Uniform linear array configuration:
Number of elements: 4
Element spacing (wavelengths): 0.5
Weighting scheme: blackman
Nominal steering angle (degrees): -30
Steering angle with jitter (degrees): -28.664
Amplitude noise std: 0.05
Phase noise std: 0.05

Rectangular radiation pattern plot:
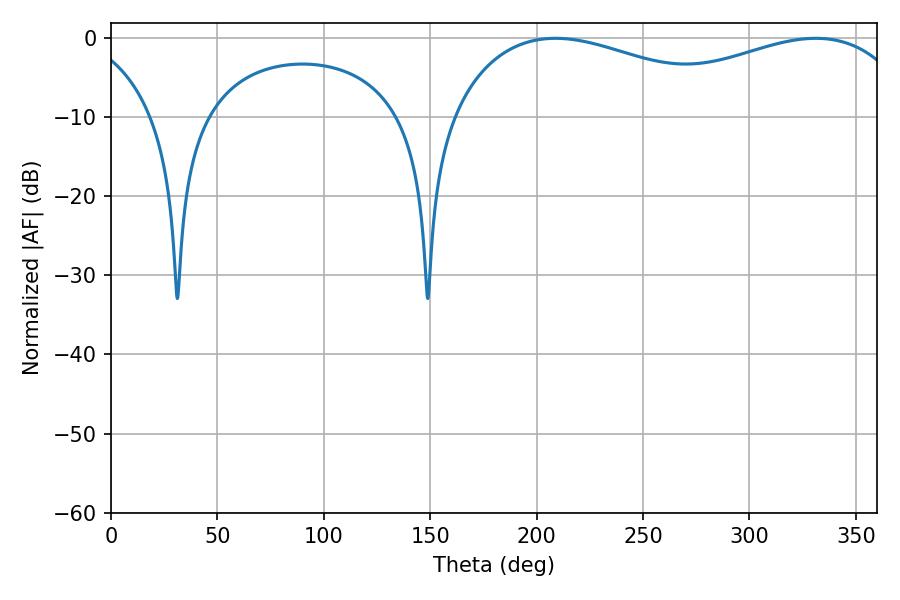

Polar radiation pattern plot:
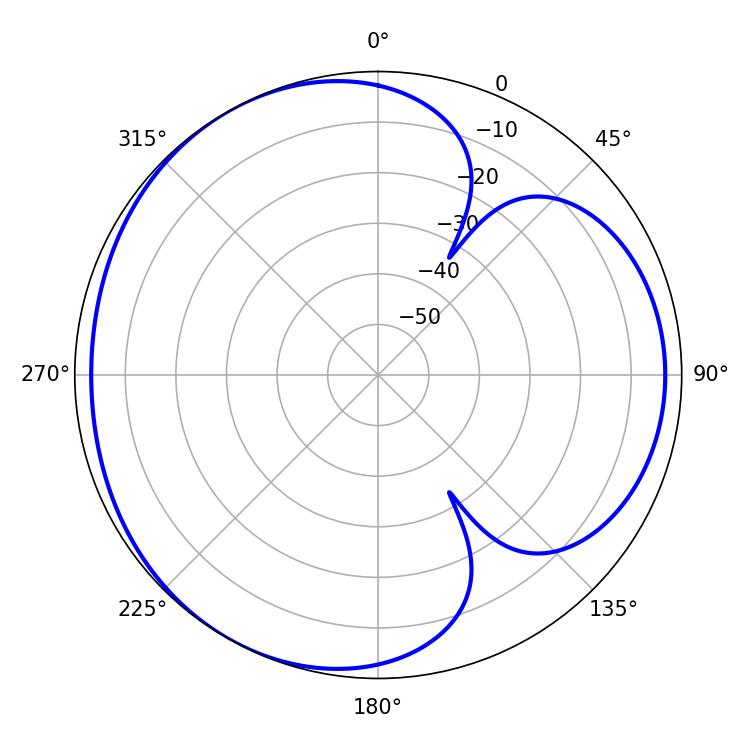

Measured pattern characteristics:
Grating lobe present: FALSE
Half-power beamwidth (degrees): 80.1
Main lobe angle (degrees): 208.8